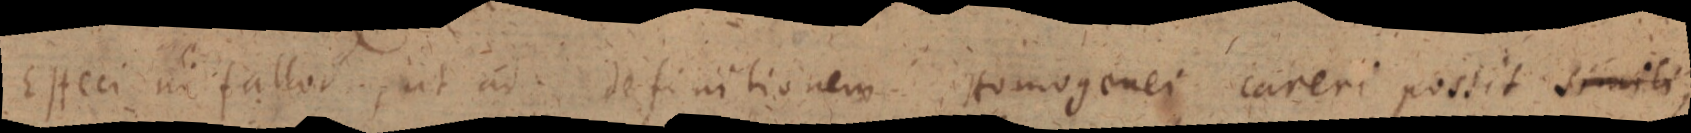
Esteci un fallor, ut ad definitionem Homogenei careri possit simili,